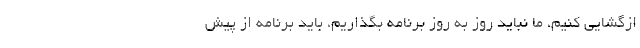
ازگشایی کنیم، ما نباید روز به روز برنامه بگذاریم، باید برنامه از پیش